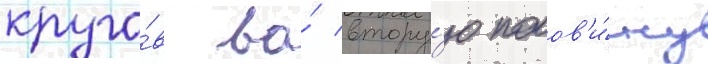
круго́в во́ втору́ю полов'и́ну